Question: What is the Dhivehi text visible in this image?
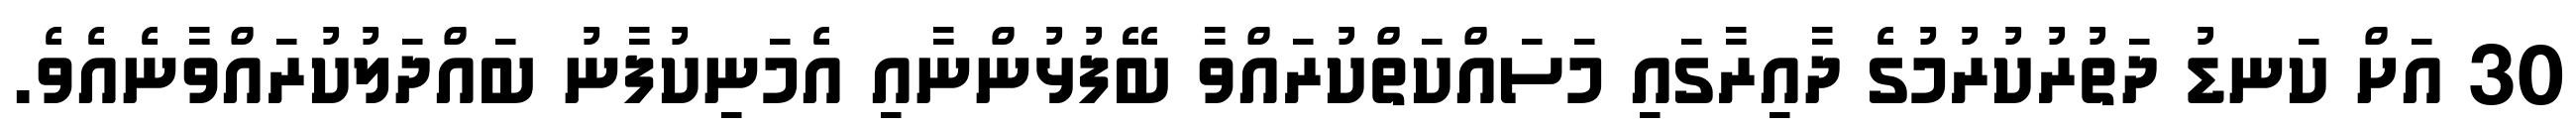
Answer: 30 އަށް ކަނޑު ދަތުރުކުރުމުގެ ދާއިރާގައި މަސައްކަތްކުރައްވާ ބޭފުޅުންނާއި އެމަނިކުފާނު ބައްދަލުކުރައްވާނެއެވެ.